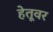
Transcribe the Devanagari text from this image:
हेतूवर